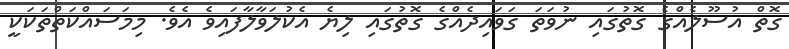
ގޮތް އުސޫލެއްގެ ގޮތުގައި ނުވަަތަ ގަވައިދެއްގެ ގޮތުގައި ލިޔެ އެކުލަވާލާފައިވެ އެވެ. މިމަސައްކަތްތަކަކީ